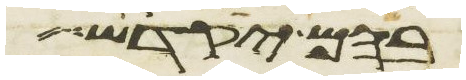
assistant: בהם יקדש